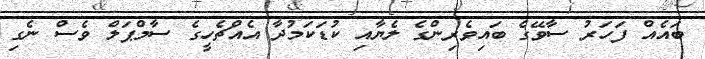
ބައެއް ފަހަރު ސާވޭގެ ބައިވެރިންގެ ލެޔާއި ކުޑަކަމުދާ އެއްޗެހީގެ ސާމްޕަލް ވެސް ނެގި